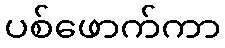
ပစ်ဖောက်ကာ